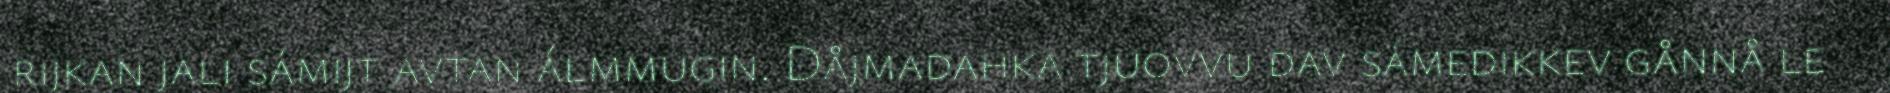
rijkan jali sámijt avtan álmmugin. Dåjmadahka tjuovvu dav sámedikkev gånnå le